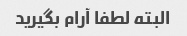
البته لطفا آرام بگیرید